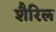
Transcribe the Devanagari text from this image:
शैरिल